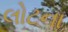
લોટના